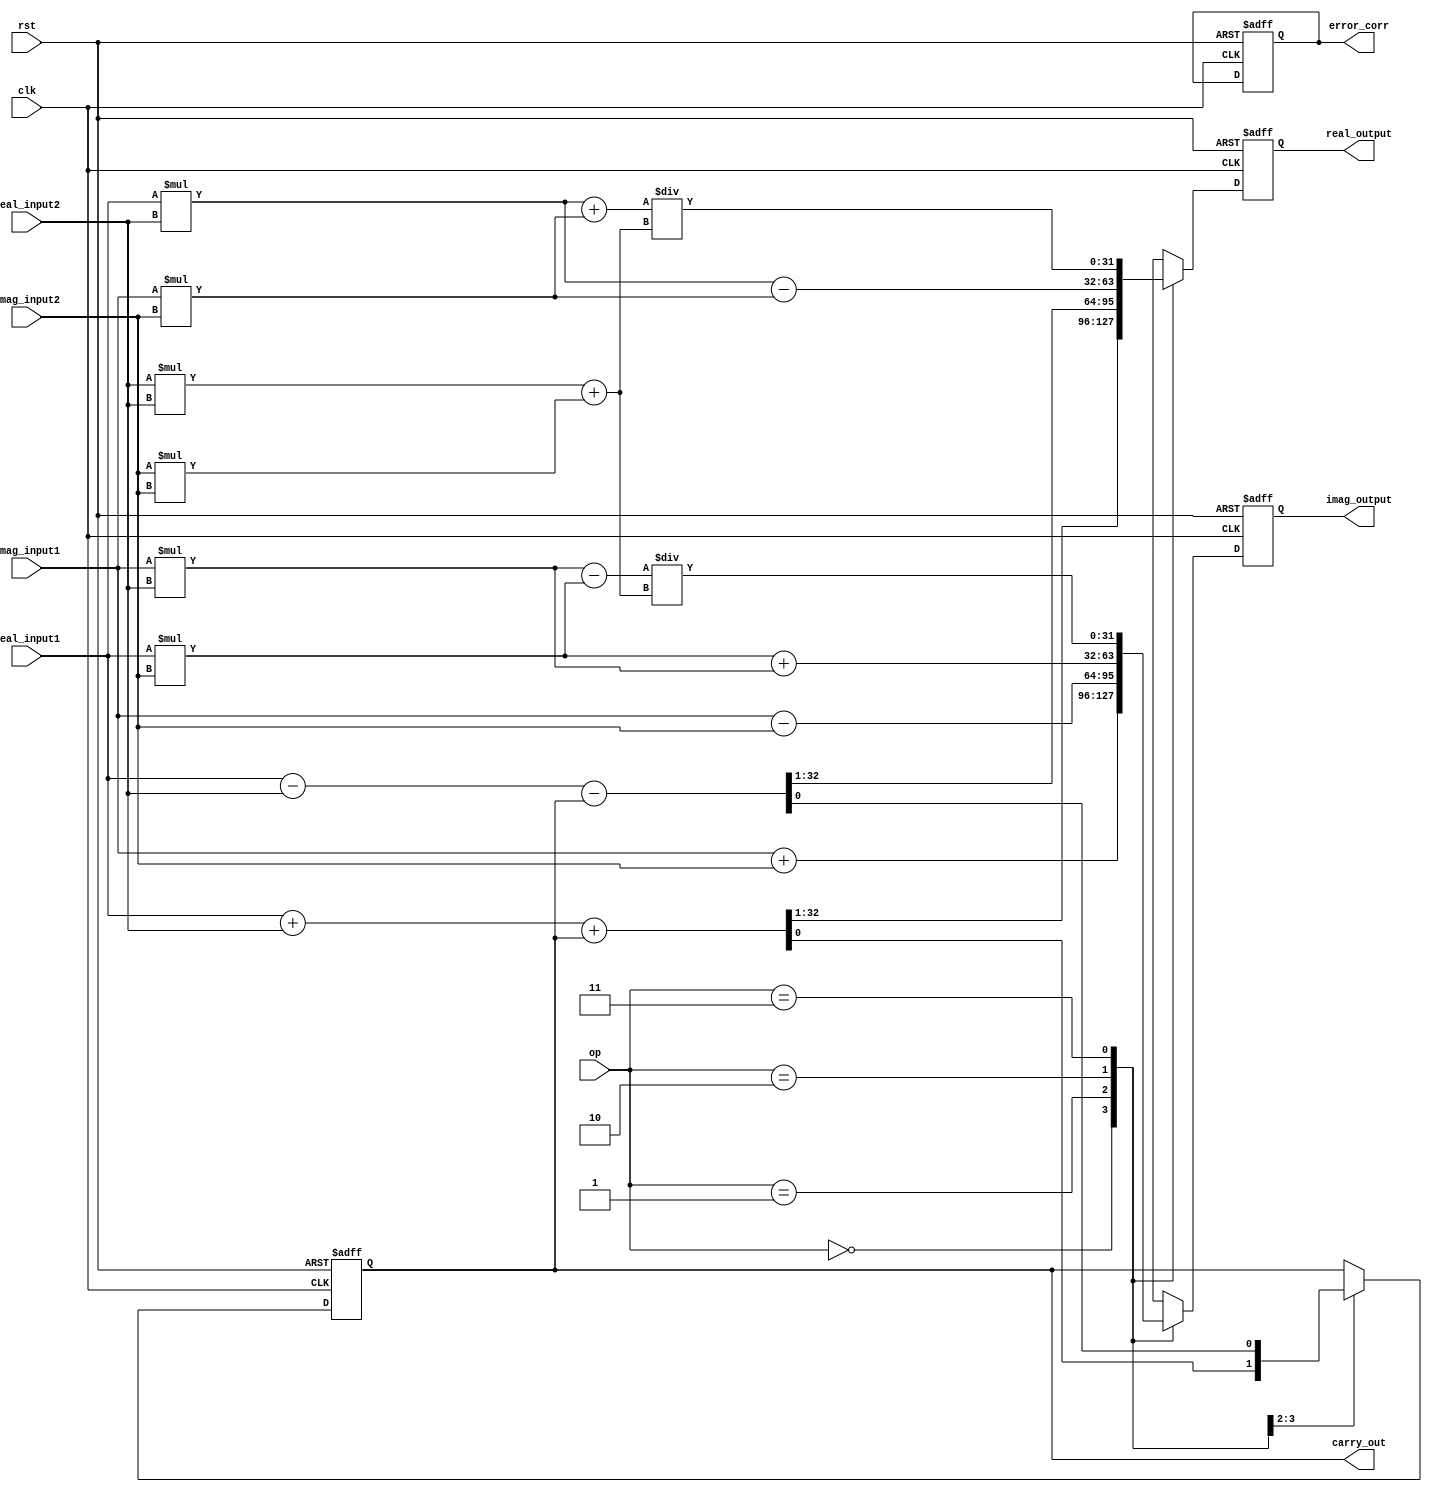
module Complex_ALU (
  input wire clk,
  input wire rst,
  input wire [31:0] real_input1,
  input wire [31:0] imag_input1,
  input wire [31:0] real_input2,
  input wire [31:0] imag_input2,
  input wire [1:0] op, // 00=add, 01=subtract, 10=multiply, 11=divide
  output wire [31:0] real_output,
  output wire [31:0] imag_output,
  output reg carry_out,
  output reg [31:0] error_corr
);

reg [31:0] real_temp, imag_temp;

always @(posedge clk or posedge rst) begin
  if (rst) begin
    real_temp <= 32'b0;
    imag_temp <= 32'b0;
    carry_out <= 1'b0;
    error_corr <= 32'b0;
  end else begin
    case(op)
      2'b00: begin // addition
        {real_temp, carry_out} <= real_input1 + real_input2 + carry_out;
        imag_temp <= imag_input1 + imag_input2;
      end
      2'b01: begin // subtraction
        {real_temp, carry_out} <= real_input1 - real_input2 - carry_out;
        imag_temp <= imag_input1 - imag_input2;
      end
      2'b10: begin // multiplication
        real_temp <= (real_input1 * real_input2) - (imag_input1 * imag_input2);
        imag_temp <= (real_input1 * imag_input2) + (imag_input1 * real_input2);
      end
      2'b11: begin // division
        real_temp <= ((real_input1 * real_input2) + (imag_input1 * imag_input2)) / ((real_input2 * real_input2) + (imag_input2 * imag_input2));
        imag_temp <= ((imag_input1 * real_input2) - (real_input1 * imag_input2)) / ((real_input2 * real_input2) + (imag_input2 * imag_input2));
      end
    endcase
  end
end

assign real_output = real_temp;
assign imag_output = imag_temp;

endmodule